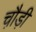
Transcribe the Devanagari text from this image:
चौ़ड़ी